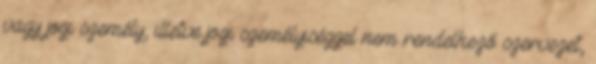
vagy jogi személy, illetve jogi személyiséggel nem rendelkező szervezet,